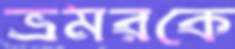
ভ্রমরকে